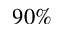
9 0 \%